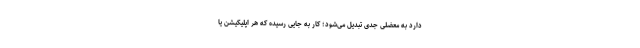
دارد به معضلی جدی تبدیل می‌شود؛ کار به جایی رسیده که هر اپلیکیشن یا